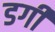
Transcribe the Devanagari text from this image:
डर्गी